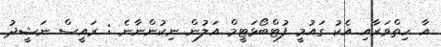
އާ ހިތްވަރާއި އެކު ގައުމީ ފުޓްބޯޅަޓީމް އަލުން ނިކުންނާނެ : ރައީސް ނަޝީދު